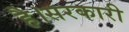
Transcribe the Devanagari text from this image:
है।सरकारी